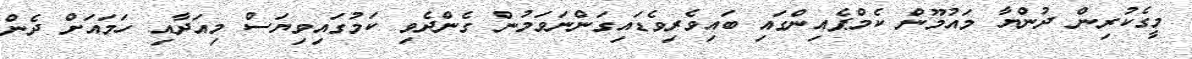
މީގެކުރިން ދުންޔާ މައުމޫން ކެމްޕެއިންގައި ބައިވެރިވެޑައިގަންނަވަމުން ގެންދެވި ކަމުގައިވިޔަސް މިއަދާއި ހަމައަށް ދެން